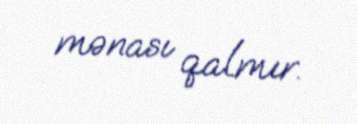
mənası qalmır.